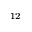
^ { 1 2 }